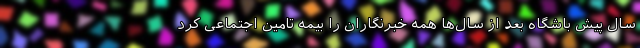
سال پیش باشگاه بعد از سال‌ها همه خبرنگاران را بیمه تامین اجتماعی کرد